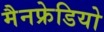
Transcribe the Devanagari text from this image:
मैनफ्रेडियो